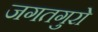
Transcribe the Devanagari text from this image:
जगतगुरो